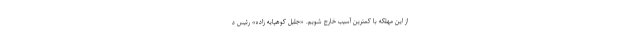
از این مهلکه با کمترین آسیب خارج شویم. «جلیل کوهپایه زاده» رئیس د